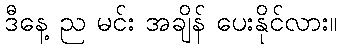
ဒီနေ့ ည မင်း အချိန် ပေးနိုင်လား။